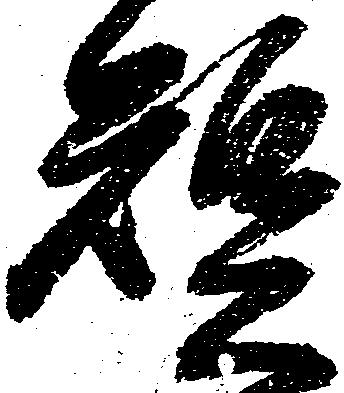
短